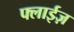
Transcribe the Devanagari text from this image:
फ्लाईज़